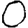
Digit: 0